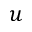
u